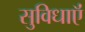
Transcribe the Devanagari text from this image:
सुविधाऍं